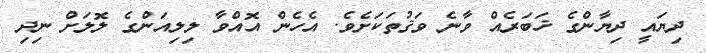
ދިޔައީ ދިޔާންގެ ޚަބަރެއް ވާނެ ވަޤުތަކަށެވެ. އެހެން އޮއްވާ ލިލިއަންގެ ލޮލަށް ނިދި